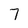
Character: 7